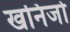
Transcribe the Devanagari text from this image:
खनिजोँ